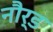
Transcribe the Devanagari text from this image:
नौर्ड